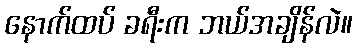
နောက်ထပ် ခရီးက ဘယ်အချိန်လဲ။